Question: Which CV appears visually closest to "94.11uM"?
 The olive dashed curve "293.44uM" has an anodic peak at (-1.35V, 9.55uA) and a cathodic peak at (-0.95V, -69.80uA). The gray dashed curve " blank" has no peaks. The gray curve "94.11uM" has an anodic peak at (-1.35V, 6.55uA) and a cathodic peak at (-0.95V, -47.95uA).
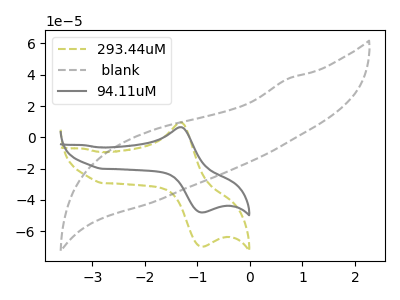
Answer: <think>"293.44uM" and " blank" have a different number of peaks. All the peaks in "293.44uM" have a peak in "94.11uM" at the same potential. Every peak in "293.44uM" is higher than every peak in "94.11uM". " blank" and "94.11uM" have a different number of peaks.
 </think>
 <answer>The CV with the most similar shape to "293.44uM" is "94.11uM".</answer>
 <eval>"94.11uM"</eval>